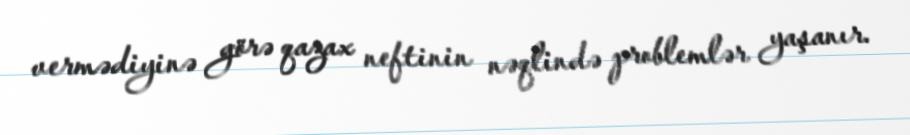
vermədiyinə görə qazax neftinin nəqlində problemlər yaşanır.